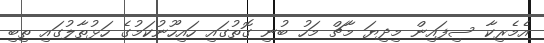
އެމެރިކާ ސިފައިން މިދިޔަ މާޗް މަހު ބުނި ގޮތުގައި ހައިހޫނުކަމުގެ ހަޅުތާލުގައި ތިބި